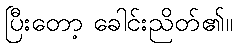
ပြီးတော့ ခေါင်းညိတ်၏။